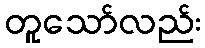
တူသော်လည်း